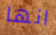
انها